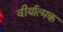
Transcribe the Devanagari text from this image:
वीर्यात्मक